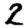
Digit: 2